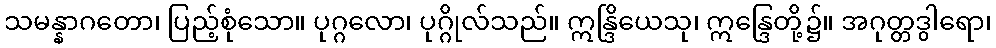
သမန္နာဂတော၊ ပြည့်စုံသော။ ပုဂ္ဂလော၊ ပုဂ္ဂိုလ်သည်။ ဣန္ဒြိယေသု၊ ဣန္ဒြေတို့၌။ အဂုတ္တဒွါရော၊